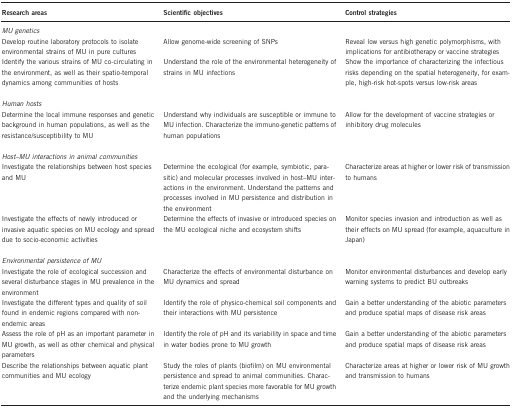
<table><thead><tr><td><b>Research areas</b></td><td><b>Scientific objectives</b></td><td><b>Control strategies</b></td></tr></thead><tbody><tr><td colspan="3"><i>MU genetics</i></td></tr><tr><td>Develop routine laboratory protocols to isolate environmental strains of MU in pure cultures</td><td>Allow genome-wide screening of SNPs</td><td>Reveal low versus high genetic polymorphisms, with implications for antibiotherapy or vaccine strategies</td></tr><tr><td>Identify the various strains of MU co-circulating in the environment, as well as their spatio-temporal dynamics among communities of hosts</td><td>Understand the role of the environmental heterogeneity of strains in MU infections</td><td>Show the importance of characterizing the infectious risks depending on the spatial heterogeneity, for example, high-risk hot-spots versus low-risk areas</td></tr><tr><td colspan="3"> </td></tr><tr><td colspan="3"><i>Human hosts</i></td></tr><tr><td>Determine the local immune responses and genetic background in human populations, as well as the resistance/susceptibility to MU</td><td>Understand why individuals are susceptible or immune to MU infection. Characterize the immuno-genetic patterns of human populations</td><td>Allow for the development of vaccine strategies or inhibitory drug molecules</td></tr><tr><td colspan="3"> </td></tr><tr><td colspan="3"><i>Host–MU interactions in animal communities</i></td></tr><tr><td>Investigate the relationships between host species and MU</td><td>Determine the ecological (for example, symbiotic, parasitic) and molecular processes involved in host–MU interactions in the environment. Understand the patterns and processes involved in MU persistence and distribution in the environment</td><td>Characterize areas at higher or lower risk of transmission to humans</td></tr><tr><td>Investigate the effects of newly introduced or invasive aquatic species on MU ecology and spread due to socio-economic activities</td><td>Determine the effects of invasive or introduced species on the MU ecological niche and ecosystem shifts</td><td>Monitor species invasion and introduction as well as their effects on MU spread (for example, aquaculture in Japan)</td></tr><tr><td colspan="3"> </td></tr><tr><td colspan="3"><i>Environmental persistence of MU</i></td></tr><tr><td>Investigate the role of ecological succession and several disturbance stages in MU prevalence in the environment</td><td>Characterize the effects of environmental disturbance on MU dynamics and spread</td><td>Monitor environmental disturbances and develop early warning systems to predict BU outbreaks</td></tr><tr><td>Investigate the different types and quality of soil found in endemic regions compared with non-endemic areas</td><td>Identify the role of physico-chemical soil components and their interactions with MU persistence</td><td>Gain a better understanding of the abiotic parameters and produce spatial maps of disease risk areas</td></tr><tr><td>Assess the role of pH as an important parameter in MU growth, as well as other chemical and physical parameters</td><td>Identify the role of pH and its variability in space and time in water bodies prone to MU growth</td><td>Gain a better understanding of the abiotic parameters and produce spatial maps of disease risk areas</td></tr><tr><td>Describe the relationships between aquatic plant communities and MU ecology</td><td>Study the roles of plants (biofilm) on MU environmental persistence and spread to animal communities. Characterize endemic plant species more favorable for MU growth and the underlying mechanisms</td><td>Characterize areas at higher or lower risk of MU growth and transmission to humans</td></tr></tbody></table>